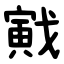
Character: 戭